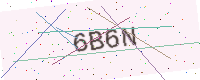
Text: 6B6N